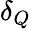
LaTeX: \delta_{Q}